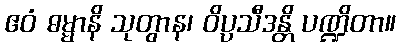
ဧဝံ ဓမ္မာနိ သုတွာန၊ ဝိပ္ပသီဒန္တိ ပဏ္ဍိတာ။